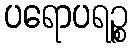
ပရောပရဉ္စ